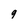
Character: g